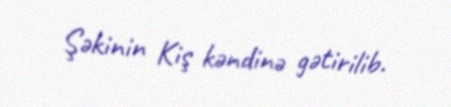
Şəkinin Kiş kəndinə gətirilib.